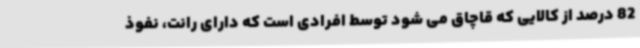
82 درصد از کالایی که قاچاق می شود توسط افرادی است که دارای رانت، نفوذ